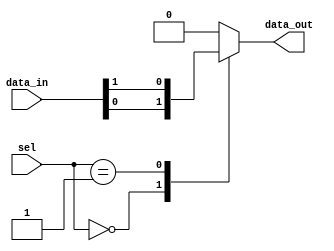
module multiplexer_1024_1 (
    input [1023:0] data_in,
    input [9:0] sel,
    output reg data_out
);

always @(*) begin
    case (sel)
        10'd0: data_out = data_in[0];
        10'd1: data_out = data_in[1];
        // Repeat for all 1024 input lines
        // Use multiple levels of smaller multiplexers if needed
        default: data_out = 0; // Default to 0 if sel does not match any input line
    endcase
end

endmodule